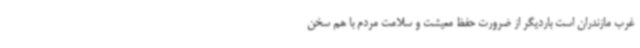
غرب مازندران است باردیگر از ضرورت حفظ معیشت و سلامت مردم با هم سخن